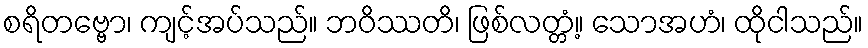
စရိတဗ္ဗော၊ ကျင့်အပ်သည်။ ဘဝိဿတိ၊ ဖြစ်လတ္တံ့။ သောအဟံ၊ ထိုငါသည်။